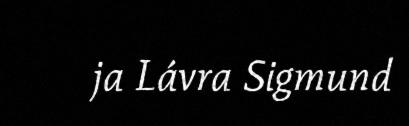
ja Lávra Sigmund